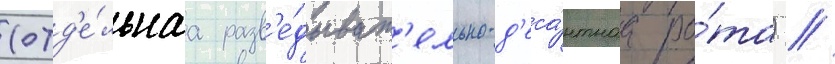
(отд'е́льнаа разв'е́дыват'ельно-д'еса́нтнаа ро́та) /